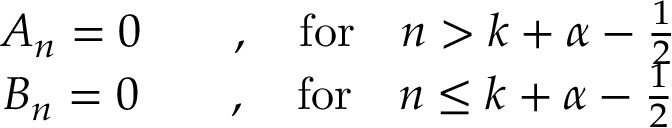
\begin{array} { c } { { A _ { n } = 0 \qquad , \quad \mathrm { f o r } \quad n > k + \alpha - \frac { 1 } { 2 } } } \\ { { B _ { n } = 0 \qquad , \quad \mathrm { f o r } \quad n \leq k + \alpha - \frac { 1 } { 2 } } } \end{array}